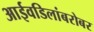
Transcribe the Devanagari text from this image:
आईवडिलांबरोबर